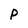
Character: p